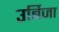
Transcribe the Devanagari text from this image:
उर्बिजा